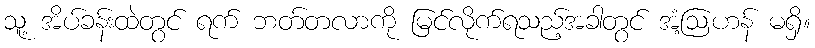
သူ့ အိပ်ခန်းထဲတွင် ရက် ဘတ်တလာကို မြင်လိုက်ရသည့်အခါတွင် အံ့ဩဟန် မရှိ။